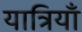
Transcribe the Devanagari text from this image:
यात्रियाँ